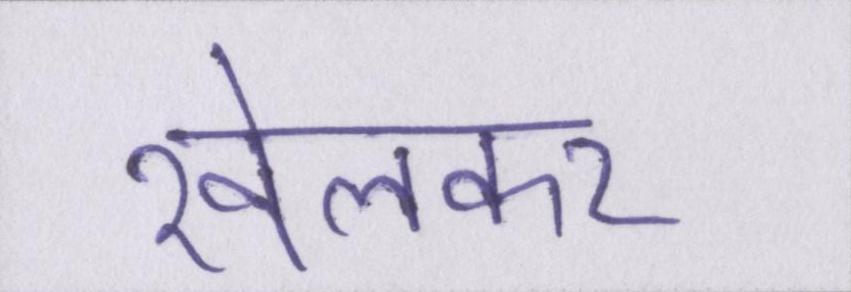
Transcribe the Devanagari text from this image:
खेलकर